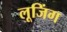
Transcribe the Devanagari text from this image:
लूजिंग